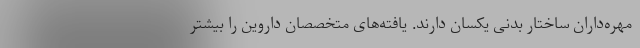
مهره‌داران ساختار بدنی یکسان دارند. یافته‌های متخصصان داروین را بیشتر